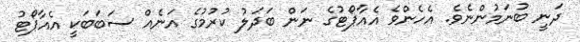
ދަނީ ބުނަމުންނެވެ. އެހެންވެ އެއާޕޯޓުގެ ނަން ބަދަލު ކުރުމުގެ އަނެއް ސަބަބަކީ އެއާޕޯޓު